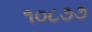
૧૦૮૭૭